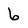
Character: 6